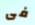
فى